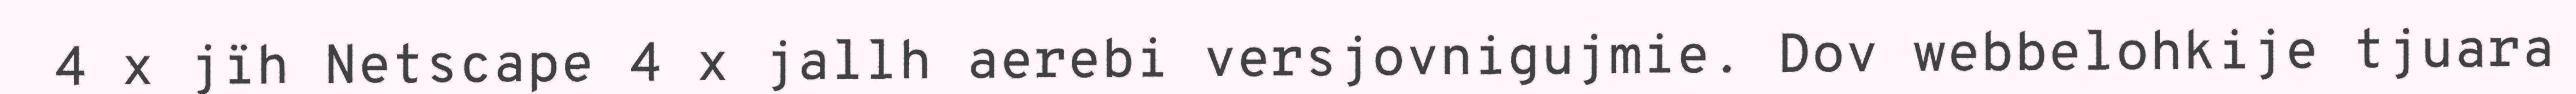
4 x jïh Netscape 4 x jallh aerebi versjovnigujmie. Dov webbelohkije tjuara